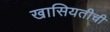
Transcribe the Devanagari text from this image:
खासियतीची